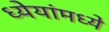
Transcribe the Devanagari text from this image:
ध्येयांमध्ये